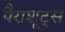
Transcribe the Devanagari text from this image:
पैराशूट्स